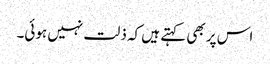
اس پر بھی کہتے ہیں کہ ذلت نہیں ہوئی۔